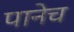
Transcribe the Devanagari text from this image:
पानेच